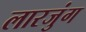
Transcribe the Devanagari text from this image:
लारजुंग